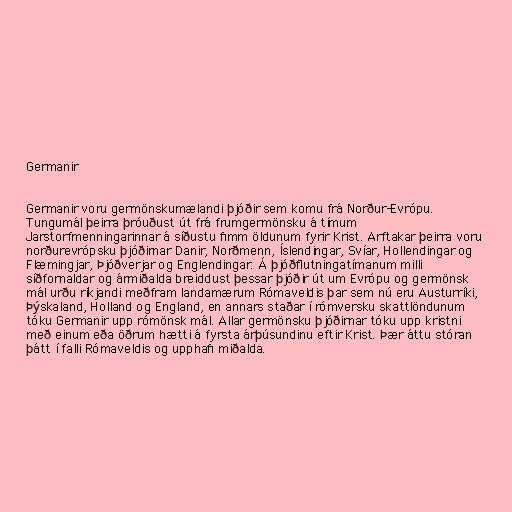
Germanir

Germanir voru germönskumælandi þjóðir sem komu frá Norður-Evrópu.
Tungumál þeirra þróuðust út frá frumgermönsku á tímum
Jarstorfmenningarinnar á síðustu fimm öldunum fyrir Krist. Arftakar þeirra voru
norðurevrópsku þjóðirnar Danir, Norðmenn, Íslendingar, Svíar, Hollendingar og
Flæmingjar, Þjóðverjar og Englendingar. Á þjóðflutningatímanum milli
síðfornaldar og ármiðalda breiddust þessar þjóðir út um Evrópu og germönsk
mál urðu ríkjandi meðfram landamærum Rómaveldis þar sem nú eru Austurríki,
Þýskaland, Holland og England, en annars staðar í rómversku skattlöndunum
tóku Germanir upp rómönsk mál. Allar germönsku þjóðirnar tóku upp kristni
með einum eða öðrum hætti á fyrsta árþúsundinu eftir Krist. Þær áttu stóran
þátt í falli Rómaveldis og upphafi miðalda.